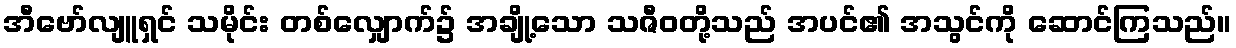
အီဗော်လျူရှင် သမိုင်း တစ်လျှောက်၌ အချို့သော သဇီဝတို့သည် အပင်၏ အသွင်ကို ဆောင်ကြသည်။